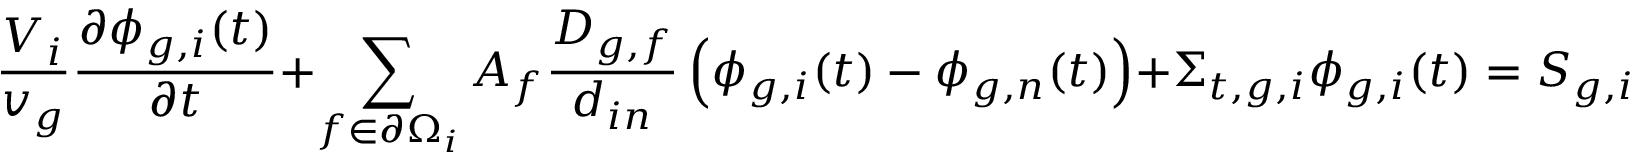
\frac { V _ { i } } { v _ { g } } \frac { \partial \phi _ { g , i } ( t ) } { \partial t } + \sum _ { f \in \partial \Omega _ { i } } A _ { f } \frac { D _ { g , f } } { d _ { i n } } \left( \phi _ { g , i } ( t ) - \phi _ { g , n } ( t ) \right) + \Sigma _ { t , g , i } \phi _ { g , i } ( t ) = S _ { g , i } ( t ) V _ { i } .